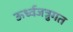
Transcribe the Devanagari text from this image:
ऊर्ध्वजत्रुगत